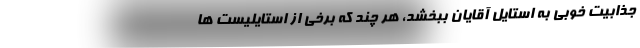
جذابیت خوبی به استایل آقایان ببخشد، هر چند که برخی از استایلیست ها